Vaccination in Burma 1920-1933 - 1920-1933
Year: 1920
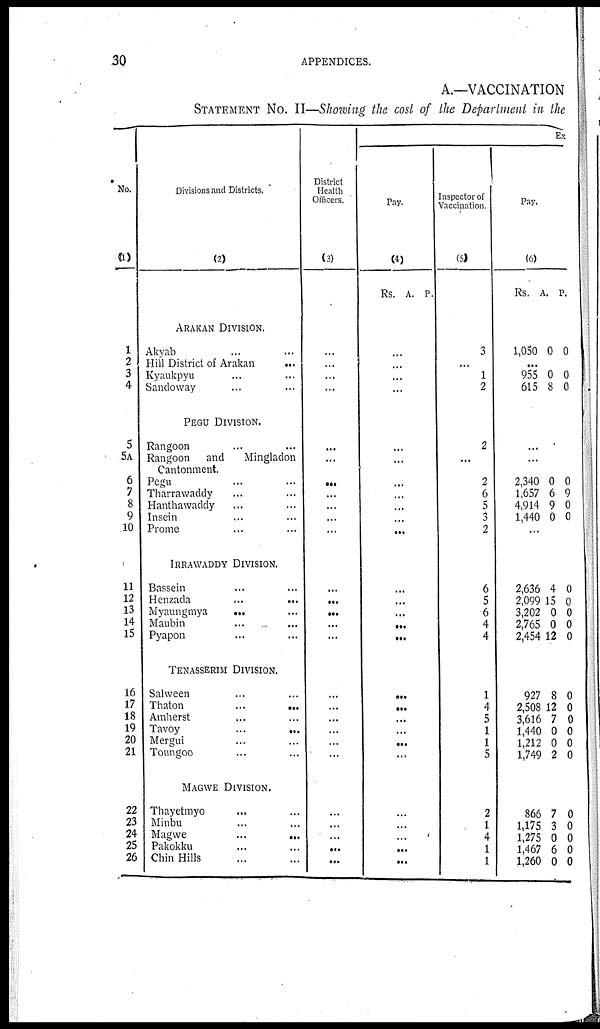
30
APPENDICES.
A.—VACCINATION
STATEMENT NO. II—Showing the cost of the Department in the
No.
(1)
1
2
3
4
5
5A
6
7
8
9
10
11
12
13
14
15
16
17
18
19
20
21
22
23
24
25
26
Divisions and Districts.
(2)
ARAKAN DIVISION.
Akyab ... ...
Hill District of Arakan
...
Kyaukpyu ... ...
Sandoway ... ...
PEGU DIVISION.
Rangoon ... ...
Rangoon and
Mingladon
Cantonment.
Pegu ... ...
Tharrawaddy ... ...
Hanthawaddy ... ...
Insein ... ...
Prome ... ...
IRRAWADDY DIVISION.
Bassein ... ...
Henzada
...
...
Myaungmya
...
...
Maubin ... ...
Pyapon ... ...
TENASSERIM DIVISION.
Salween ... ...
Thaton ... ...
Amherst ... ...
Tavoy
...
...
Mergui ... ...
Toungoo ... ...
MAGWE DIVISION.
Thayetmyo ... ...
Minbu ... ...
Magwe
...
...
Pakokku ... ...
Chin Hills ... ...
District
Health
Officers.
(3)
...
...
...
...
...
...
...
...
...
...
...
...
...
...
...
...
...
...
...
...
...
...
...
...
...
...
...
Ex
Pay.
(4)
Rs. A. P.
...
...
...
...
...
...
...
...
...
...
...
...
...
...
...
...
...
...
...
...
...
...
...
...
...
...
...
Inspector of
Vaccination.
(5)
3
...
1
2
2
...
2
6
5
3
2
6
5
6
4
4
1
4
5
1
1
5
2
1
4
1
1
Pay.
(6)
Rs.
A. P.
1,050 0 0
...
955
615
0
8
0
0
...
...
2,340
1,657
4,914
1,440
0
6
9
0
0
9
0
0
...
2,636
2,099
3,202
2,765
2,454
4
15
0
0
12
0
0
0
0
0
927
2,508
3,616
1,440
1,212
1,749
8
12
7
0
0
2
0
0
0
0
0
0
866
1,175
1,275
1,467
1,260
7
3
0
6
0
0
0
0
0
0